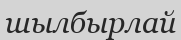
шылбырлай